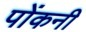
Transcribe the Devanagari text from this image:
पोंकनी